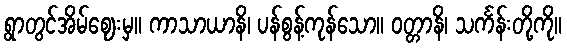
ရွာတွင်အိမ်ဈေးမှ။ ကာသာယာနိ၊ ပန်စွန့်ကုန်သော။ ဝတ္တာနိ၊ သင်္ကန်းတို့ကို။